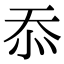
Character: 忝